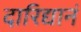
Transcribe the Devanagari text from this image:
दारिद्यानं